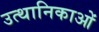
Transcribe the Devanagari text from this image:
उत्थानिकाओं